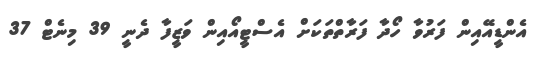
އެންޑީއޭއިން ފަރުވާ ހޯދާ ފަރާތްތަކަށް އެސްޓީއޯއިން ވަޒީފާ ދެނީ 39 މިނެޓް 37